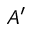
A ^ { \prime }